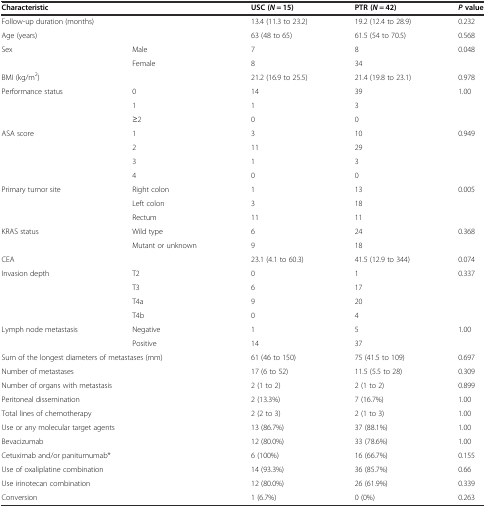
<table><thead><tr><td colspan="2"><b>Characteristic</b></td><td><b>USC (<i>N</i> = 15)</b></td><td><b>PTR (<i>N</i> = 42)</b></td><td><b><i>P</i>value</b></td></tr></thead><tbody><tr><td colspan="2">Follow-up duration (months)</td><td>13.4 (11.3 to 23.2)</td><td>19.2 (12.4 to 28.9)</td><td>0.232</td></tr><tr><td colspan="2">Age (years)</td><td>63 (48 to 65)</td><td>61.5 (54 to 70.5)</td><td>0.568</td></tr><tr><td>Sex</td><td>Male</td><td>7</td><td>8</td><td>0.048</td></tr><tr><td></td><td>Female</td><td>8</td><td>34</td><td></td></tr><tr><td colspan="2">BMI (kg/m<sup>2</sup>)</td><td>21.2 (16.9 to 25.5)</td><td>21.4 (19.8 to 23.1)</td><td>0.978</td></tr><tr><td>Performance status</td><td>0</td><td>14</td><td>39</td><td>1.00</td></tr><tr><td></td><td>1</td><td>1</td><td>3</td><td></td></tr><tr><td></td><td>≥2</td><td>0</td><td>0</td><td></td></tr><tr><td>ASA score</td><td>1</td><td>3</td><td>10</td><td>0.949</td></tr><tr><td></td><td>2</td><td>11</td><td>29</td><td></td></tr><tr><td></td><td>3</td><td>1</td><td>3</td><td></td></tr><tr><td></td><td>4</td><td>0</td><td>0</td><td></td></tr><tr><td>Primary tumor site</td><td>Right colon</td><td>1</td><td>13</td><td>0.005</td></tr><tr><td></td><td>Left colon</td><td>3</td><td>18</td><td></td></tr><tr><td></td><td>Rectum</td><td>11</td><td>11</td><td></td></tr><tr><td>KRAS status</td><td>Wild type</td><td>6</td><td>24</td><td>0.368</td></tr><tr><td></td><td>Mutant or unknown</td><td>9</td><td>18</td><td></td></tr><tr><td colspan="2">CEA</td><td>23.1 (4.1 to 60.3)</td><td>41.5 (12.9 to 344)</td><td>0.074</td></tr><tr><td>Invasion depth</td><td>T2</td><td>0</td><td>1</td><td>0.337</td></tr><tr><td></td><td>T3</td><td>6</td><td>17</td><td></td></tr><tr><td></td><td>T4a</td><td>9</td><td>20</td><td></td></tr><tr><td></td><td>T4b</td><td>0</td><td>4</td><td></td></tr><tr><td>Lymph node metastasis</td><td>Negative</td><td>1</td><td>5</td><td>1.00</td></tr><tr><td></td><td>Positive</td><td>14</td><td>37</td><td></td></tr><tr><td colspan="2">Sum of the longest diameters of metastases (mm)</td><td>61 (46 to 150)</td><td>75 (41.5 to 109)</td><td>0.697</td></tr><tr><td colspan="2">Number of metastases</td><td>17 (6 to 52)</td><td>11.5 (5.5 to 28)</td><td>0.309</td></tr><tr><td colspan="2">Number of organs with metastasis</td><td>2 (1 to 2)</td><td>2 (1 to 2)</td><td>0.899</td></tr><tr><td colspan="2">Peritoneal dissemination</td><td>2 (13.3%)</td><td>7 (16.7%)</td><td>1.00</td></tr><tr><td colspan="2">Total lines of chemotherapy</td><td>2 (2 to 3)</td><td>2 (1 to 3)</td><td>1.00</td></tr><tr><td colspan="2">Use or any molecular target agents</td><td>13 (86.7%)</td><td>37 (88.1%)</td><td>1.00</td></tr><tr><td colspan="2">Bevacizumab</td><td>12 (80.0%)</td><td>33 (78.6%)</td><td>1.00</td></tr><tr><td colspan="2">Cetuximab and/or panitumumab*</td><td>6 (100%)</td><td>16 (66.7%)</td><td>0.155</td></tr><tr><td colspan="2">Use of oxaliplatine combination</td><td>14 (93.3%)</td><td>36 (85.7%)</td><td>0.66</td></tr><tr><td colspan="2">Use irinotecan combination</td><td>12 (80.0%)</td><td>26 (61.9%)</td><td>0.339</td></tr><tr><td colspan="2">Conversion</td><td>1 (6.7%)</td><td>0 (0%)</td><td>0.263</td></tr></tbody></table>